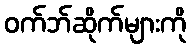
ဝက်ဘ်ဆိုက်များကို